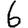
Digit: 6